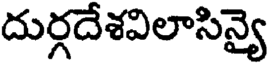
దుర్గదేశవిలాసిన్యై